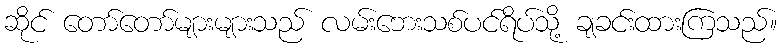
ဆိုင် တော်တော်များများသည် လမ်းဘေးသစ်ပင်ရိပ်သို့ ချခင်းထားကြသည်။